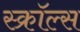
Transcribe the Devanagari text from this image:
स्क्रॉल्स